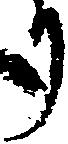
り